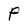
Character: P